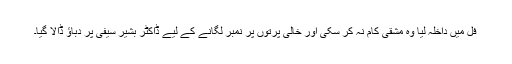
فل میں داخلہ لیا وہ مشقی کام نہ کر سکی اور خالی پرتوں پر نمبر لگانے کے لیے ڈاکٹر بشیر سیفی پر دباؤ ڈالا گیا۔